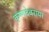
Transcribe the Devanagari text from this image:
कृष्णदेवरायर